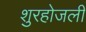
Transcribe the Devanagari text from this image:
शुरहोजली